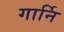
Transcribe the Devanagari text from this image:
गार्नि